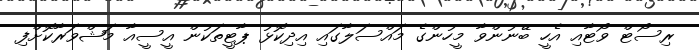
ރިސޯޓް ވޯޓާއި އެހީ ބޭނުންވާ މީހުންގެ މައްސަލާގައި އިދިކޮޅު ޕާޓީތަކުން އީސީއާ މަޝްވަރާކޮށްފި